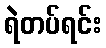
ရဲတပ်ရင်း